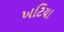
ખટિયા